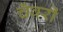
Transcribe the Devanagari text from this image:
चँवरी